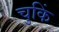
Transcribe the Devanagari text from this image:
चुकिं